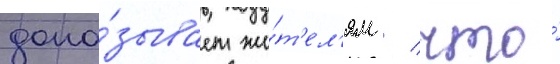
дока́зывает жи́т'ел'ям / что́